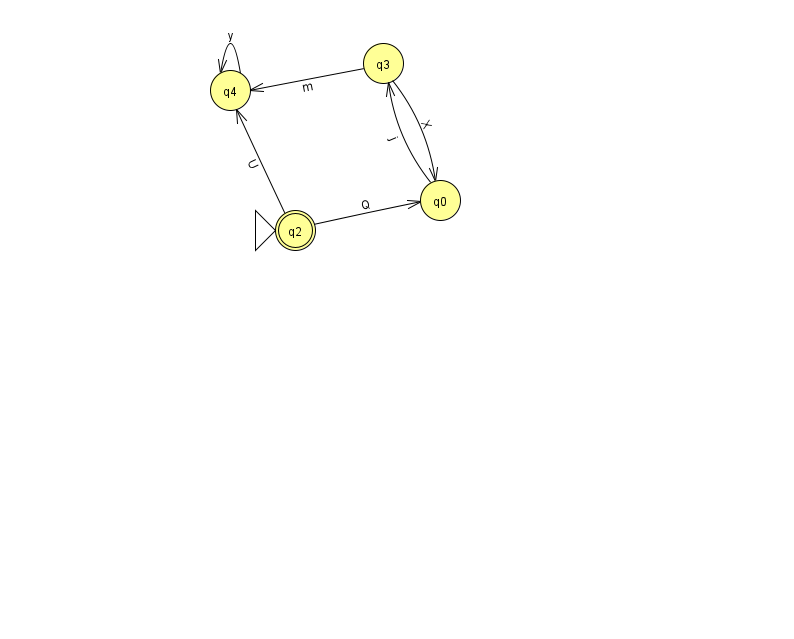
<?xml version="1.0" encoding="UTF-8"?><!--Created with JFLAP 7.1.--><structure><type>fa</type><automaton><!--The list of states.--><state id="0" name="q0"><x>440.0</x><y>187.0</y></state><state id="2" name="q2"><x>295.0</x><y>217.0</y><initial/><final/></state><state id="3" name="q3"><x>383.0</x><y>50.0</y></state><state id="4" name="q4"><x>230.0</x><y>77.0</y></state><!--The list of transitions.--><transition><from>0</from><to>3</to><read>j</read></transition><transition><from>3</from><to>0</to><read>X</read></transition><transition><from>3</from><to>4</to><read>m</read></transition><transition><from>4</from><to>4</to><read>y</read></transition><transition><from>2</from><to>4</to><read>U</read></transition><transition><from>2</from><to>0</to><read>Q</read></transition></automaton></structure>